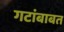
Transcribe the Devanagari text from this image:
गटांबाबत